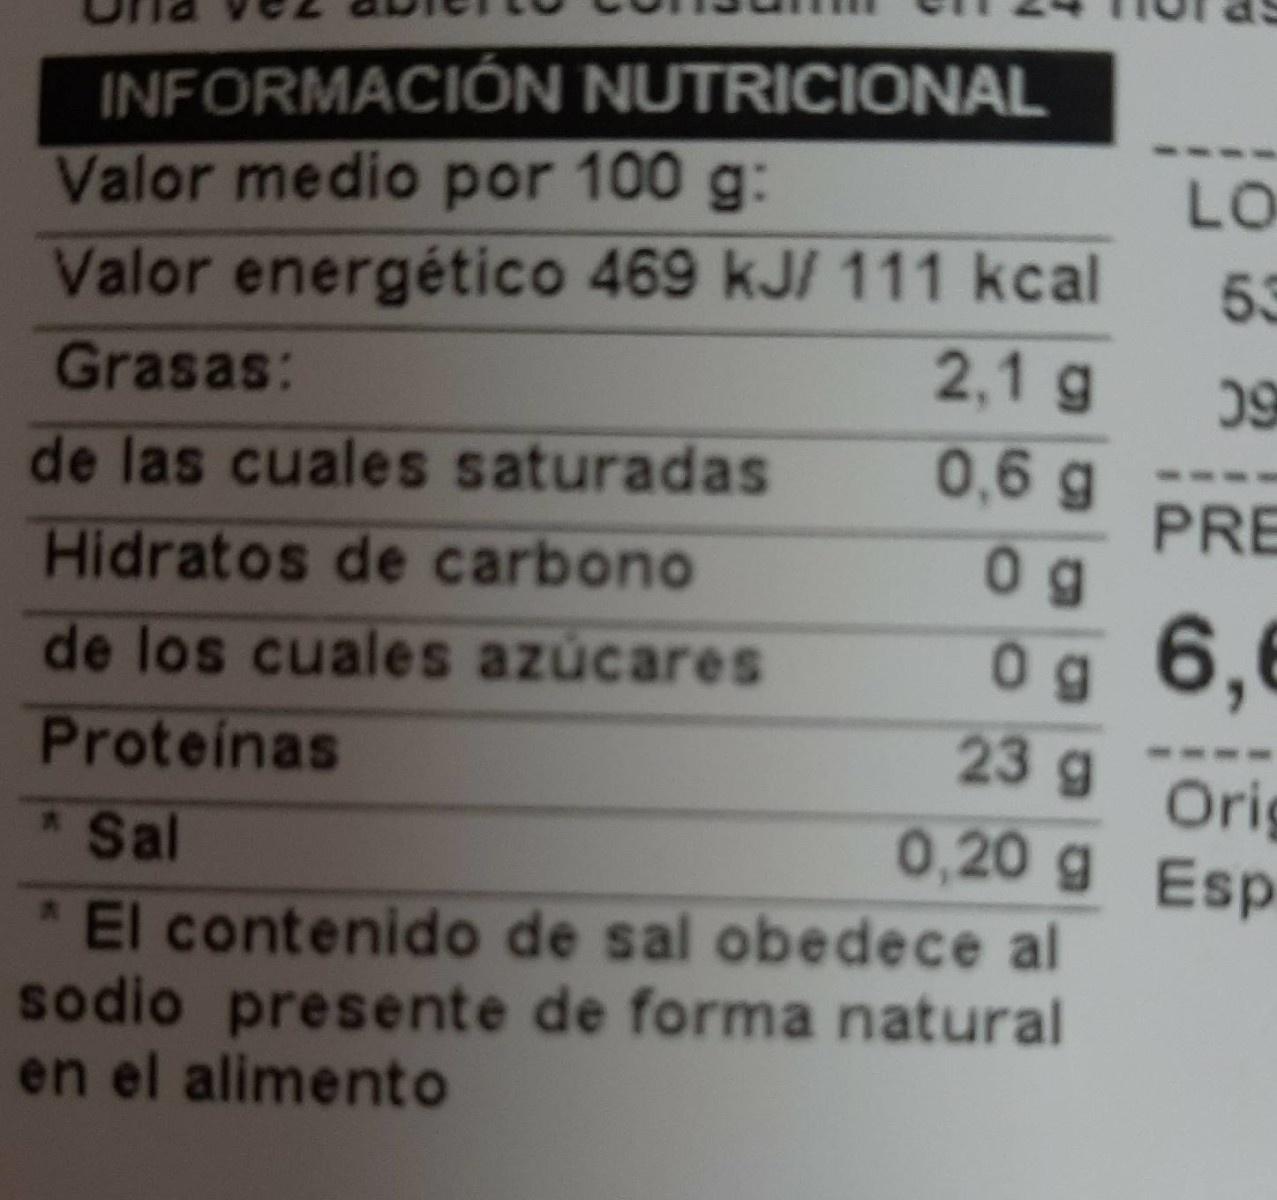
INFORMACIÓN NUTRICIONAL Valor medio por 100 g: Valor energético 469 kJ/ 111 kcal
LO
53
Grasas:
2,1 g
0,6g
de las cuales saturadas Hidratos de carbono de los cuales azúcares
PRE 0 g
0g 6,6 23g
Proteinas *Sal
Org 0,20 g Esp
*El contenido de sal obedece al sodio presente de forma natural en el alimento